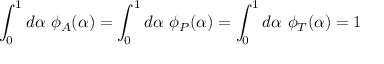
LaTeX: \int _ { 0 } ^ { 1 } d \alpha \ \phi _ { A } ( \alpha ) = \int _ { 0 } ^ { 1 } d \alpha \ \phi _ { P } ( \alpha ) = \int _ { 0 } ^ { 1 } d \alpha \ \phi _ { T } ( \alpha ) = 1